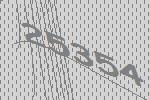
25354